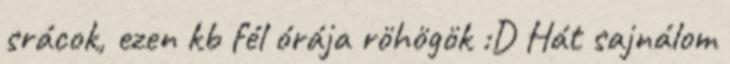
srácok, ezen kb fél órája röhögök :D Hát sajnálom